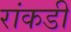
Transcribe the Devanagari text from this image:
रांकडी